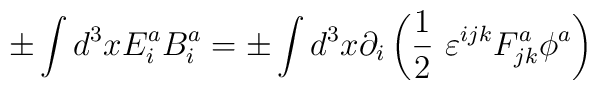
\pm \int d^3xE_i^aB^a_i=\pm \int d^3x\partial_i\left(\frac{1}{2}\ \varepsilon^{ijk}F_{jk}^a\phi^a\right)